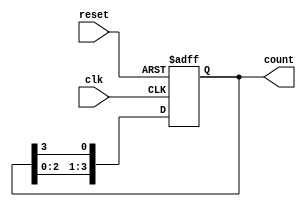
module ring_counter (
    input wire clk,          // Clock signal
    input wire reset,        // Reset signal
    output reg [3:0] count   // 4-bit output
);

// Initial state
initial begin
    count = 4'b1000; // Initialize to 1000
end

// Synchronous process
always @(posedge clk or posedge reset) begin
    if (reset) begin
        count <= 4'b1000; // Reset to initial state
    end else begin
        // Circular shift right
        count <= {count[2:0], count[3]}; // Shift right and wrap around
    end
end

endmodule